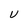
Character: u